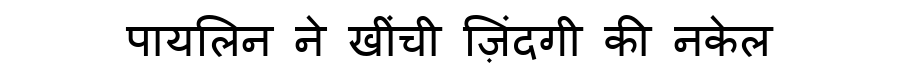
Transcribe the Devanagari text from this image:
पायलिन ने खींची ज़िंदगी की नकेल